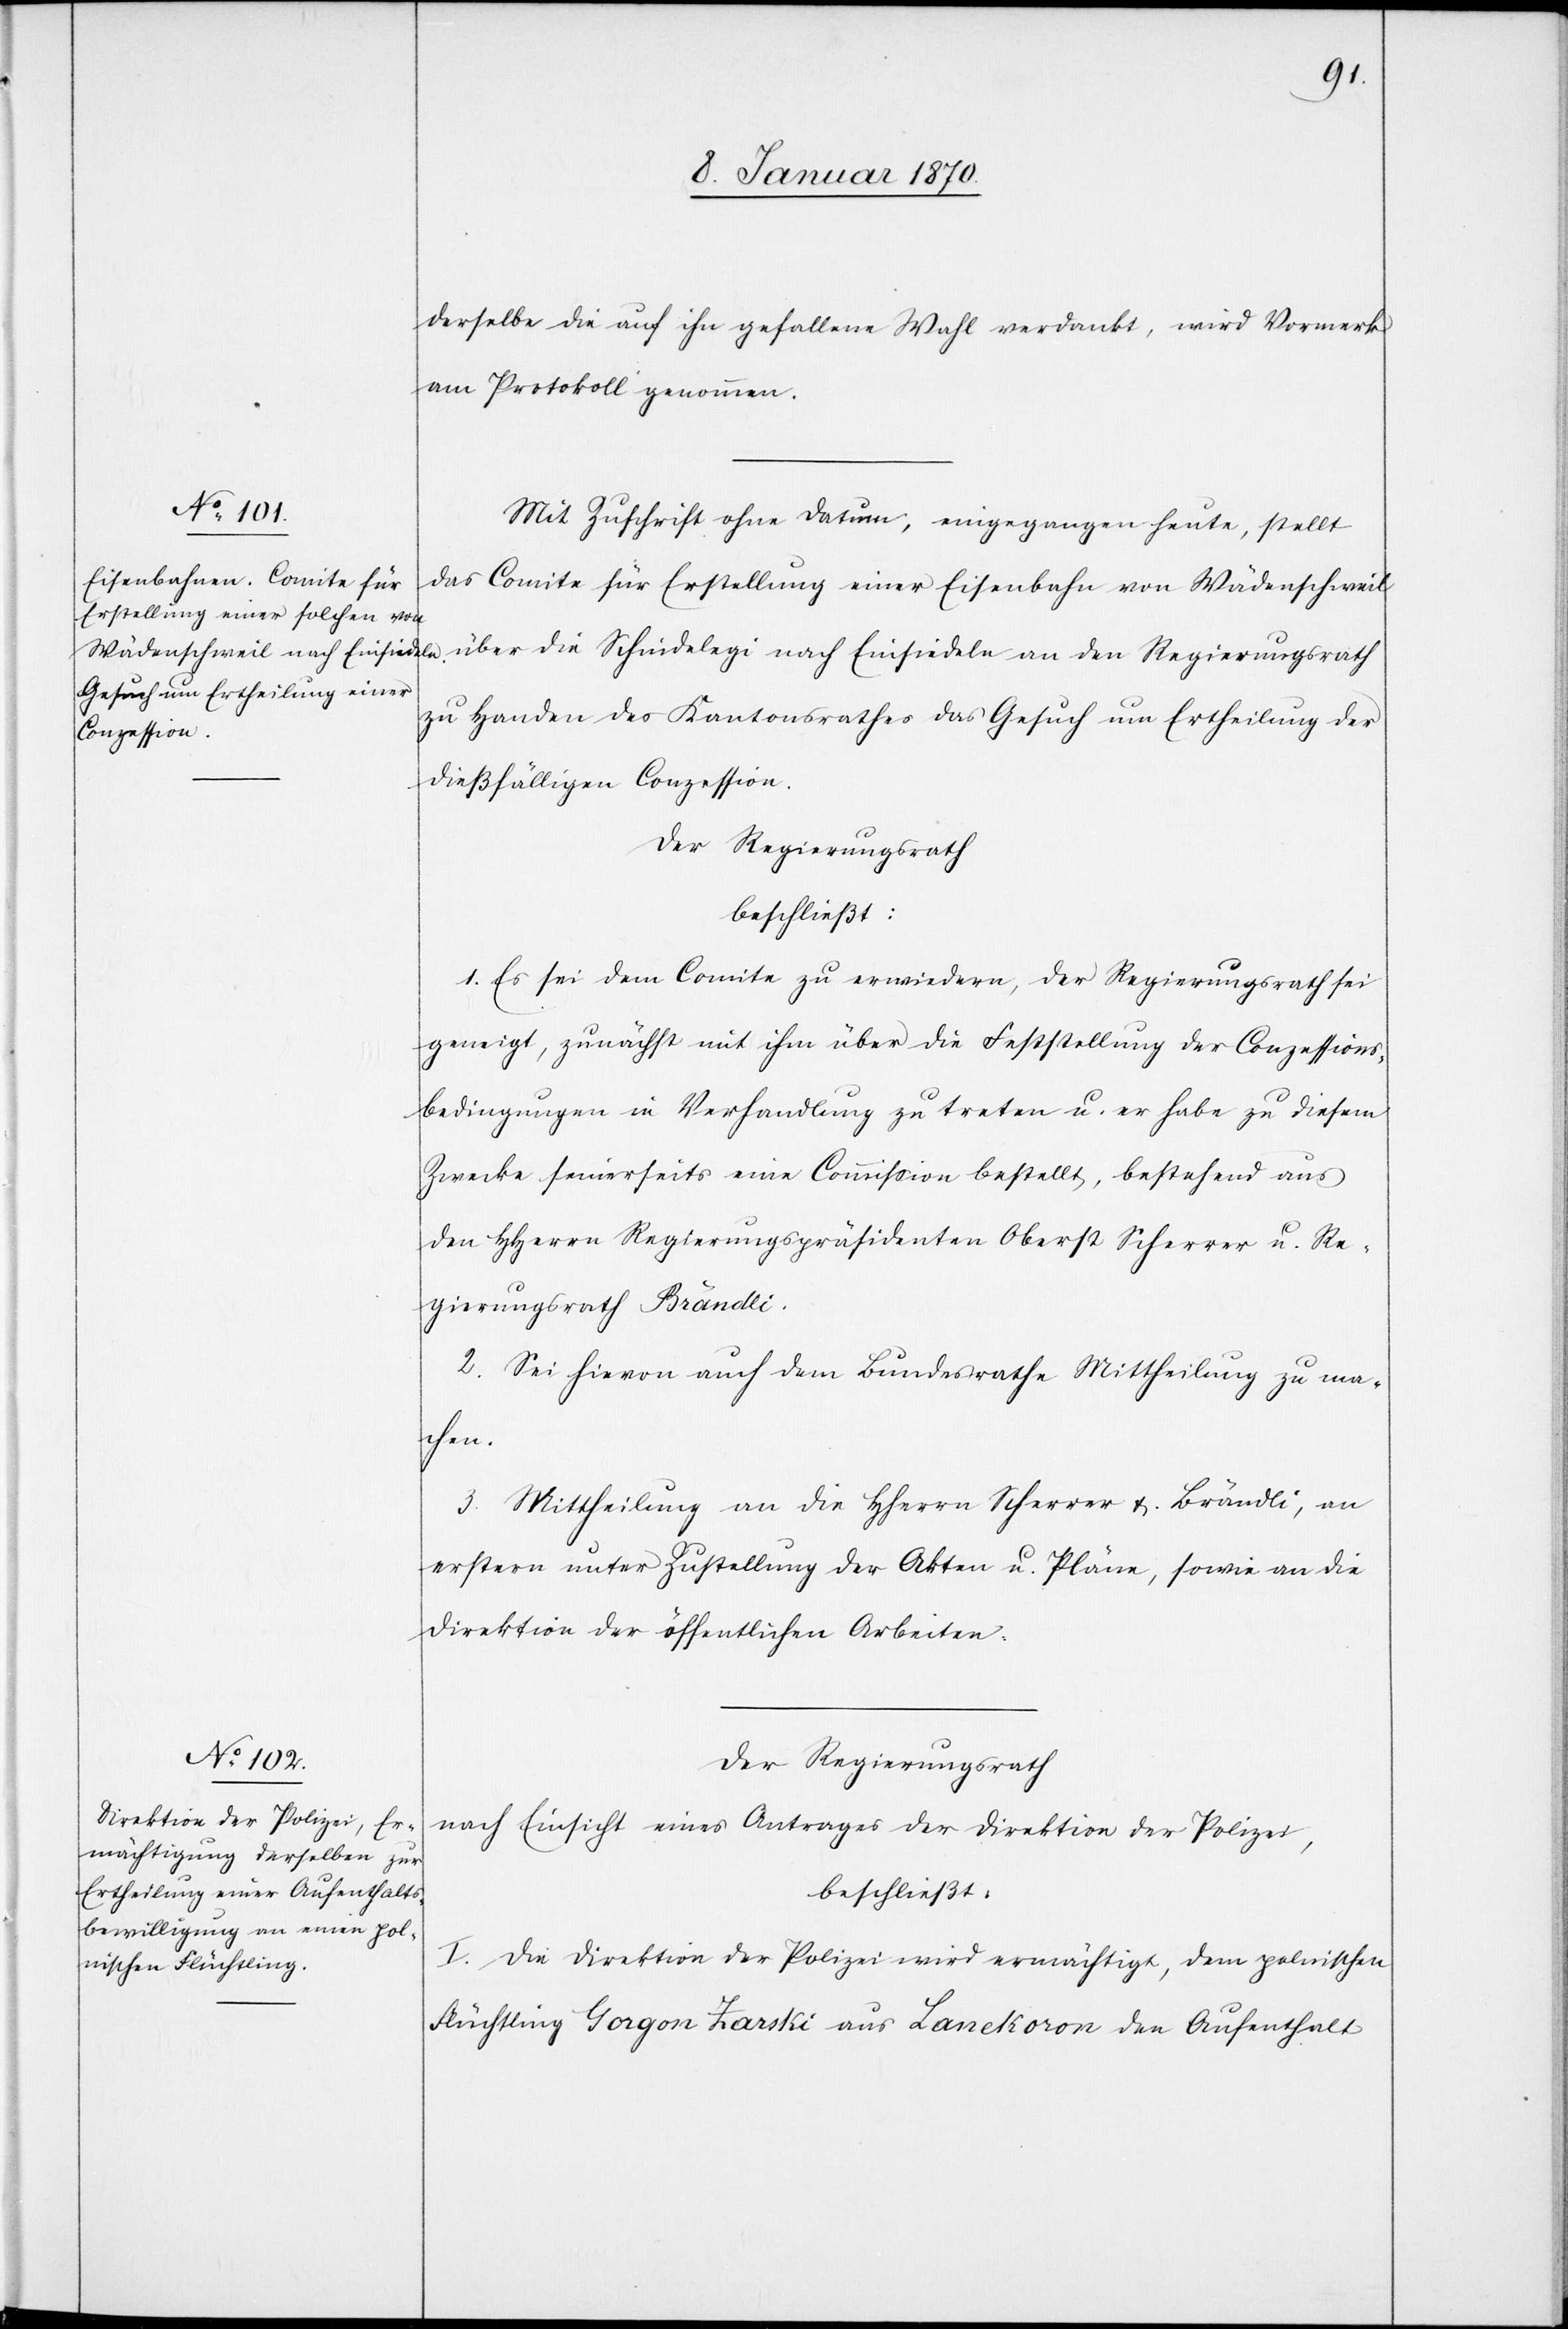
derselbe die auf ihn gefallene Wahl verdankt, wird Vormerk
am Protokoll genommen.
Mit Zuschrift ohne Datum, eingegangen heute, stellt
das Comite für Erstellung einer Eisenbahn von Wädenschweil
über die Schindel[l]egi nach Einsiedeln an den Regierungsrath
zu Handen des Kantonsrathes das Gesuch um Ertheilung der
dießfälligen Conzession.
Der Regierungsrath
beschließt:
1. Es sei dem Comite zu erwiedern, der Regierungsrath sei
geneigt, zunächst mit ihm über die Feststellung der Conzessions¬
bedingungen in Verhandlung zu treten u. er habe zu diesem
Zwecke seinerseits eine Commission bestellt, bestehend aus
den HHerrn Regierungspräsidenten Oberst Scherrer u. Re¬
gierungsrath Brändli.
2. Sei hievon auch dem Bundesrathe Mittheilung zu ma¬
chen.
3. Mittheilung an die HHerrn Scherrer u. Brändli, an
erstern unter Zustellung der Akten u. Pläne, sowie an die
Direktion der öffentlichen Arbeiten.
Der Regierungsrath
nach Einsicht eines Antrages der Direktion der Polizei
beschließt:
I. Die Direktion der Polizei wird ermächtigt, dem polnischen
Flüchtling Gorgon Zarski aus Lanckoron den Aufenthalt